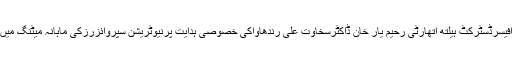
11 ستمبر2019ء) چیف ایگزیکٹوآفیسرڈسٹرکٹ ہیلتھ اتھارٹی رحیم یار خان ڈاکٹرسخاوت علی رندھاواکی خصوصی ہدایت پرنیوٹریشن سپروائزرزکی ماہانہ میٹنگ میں ڈینگی آگاہی سیمینارکااہتمام کیاگیا۔